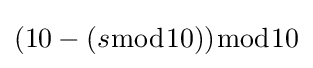
(10-(s{\bmod {1}}0)){\bmod {1}}0